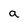
Character: a